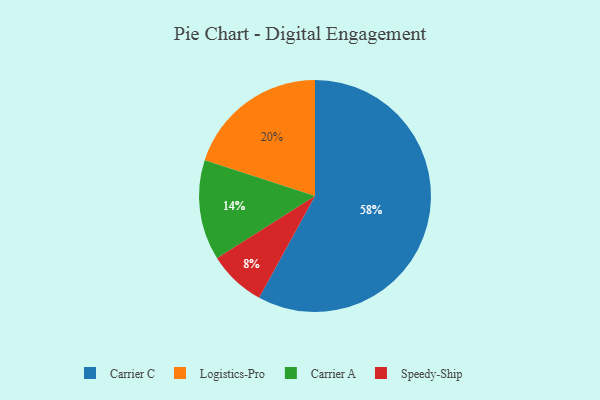
{"axis": {"x": "Category", "y": "Percentage"}, "legend": ["Carrier A", "Carrier C", "Logistics-Pro", "Speedy-Ship"], "data": [{"x": "Carrier A", "y": 14, "type": "Carrier A"}, {"x": "Logistics-Pro", "y": 20, "type": "Logistics-Pro"}, {"x": "Carrier C", "y": 58, "type": "Carrier C"}, {"x": "Speedy-Ship", "y": 8, "type": "Speedy-Ship"}]}